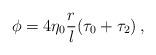
LaTeX: \begin{align*}\phi = 4\eta_0 \frac rl (\tau_0 + \tau_2)\,, \end{align*}